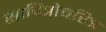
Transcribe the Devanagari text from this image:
सावित्रोचरित्र